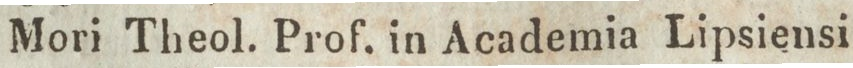
Mori Theol. Prof. in Academia Lipsiensi